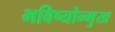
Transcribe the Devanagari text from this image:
भविष्योन्मुख